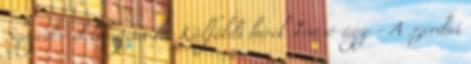
Szeged - delmagyar.hu Külföldi hírek Tóásó-ügy - A szerdai